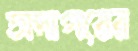
সদাগরের